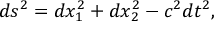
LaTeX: d s ^ { 2 } = d x _ { 1 } ^ { 2 } + d x _ { 2 } ^ { 2 } - c ^ { 2 } d t ^ { 2 } ,